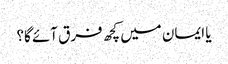
یا ایمان میں کچھ فرق آئے گا؟